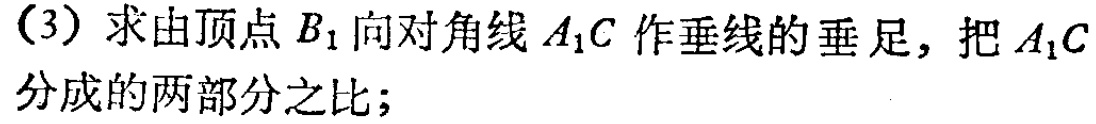
（3）求由顶点\(B_{1}\)向对角线\(A_{1}C\)作垂线的垂足，把\(A_{1}C\)分成的两部分之比；